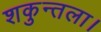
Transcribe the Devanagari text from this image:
शकुन्तला।